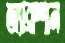
অ্যাব্রাশান